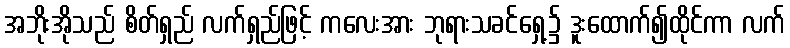
အဘိုးအိုသည် စိတ်ရှည် လက်ရှည်ဖြင့် ကလေးအား ဘုရားသခင်ရှေ့၌ ဒူးထောက်၍ထိုင်ကာ လက်